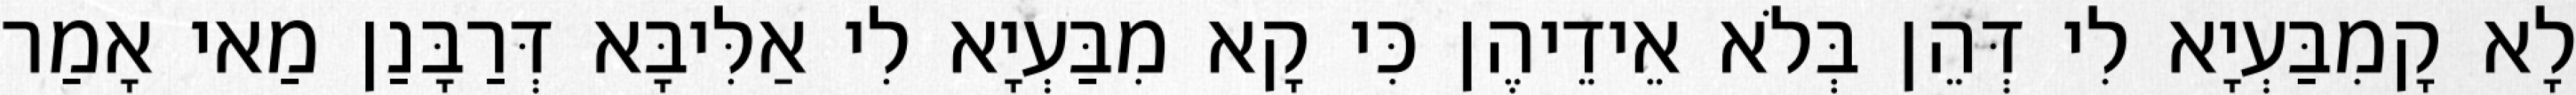
לָא קָמִבַּעְיָא לִי דְּהֵן בְּלֹא אֵידֵיהֶן כִּי קָא מִבַּעְיָא לִי אַלִּיבָּא דְּרַבָּנַן מַאי אָמַר